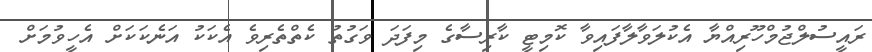
ރައީސުލްޖުމްހޫރިއްޔާ އެކުލަވާލާފައިވާ ކޮމިޓީ ކާރިސާގެ މިފަދަ ވަގުތު ކެތްތެރިވެ އެކަކު އަނެކަކަށް އެހީވުމަށް